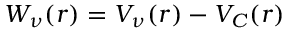
W _ { \nu } ( r ) = V _ { \nu } ( r ) - V _ { C } ( r )